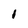
Character: I